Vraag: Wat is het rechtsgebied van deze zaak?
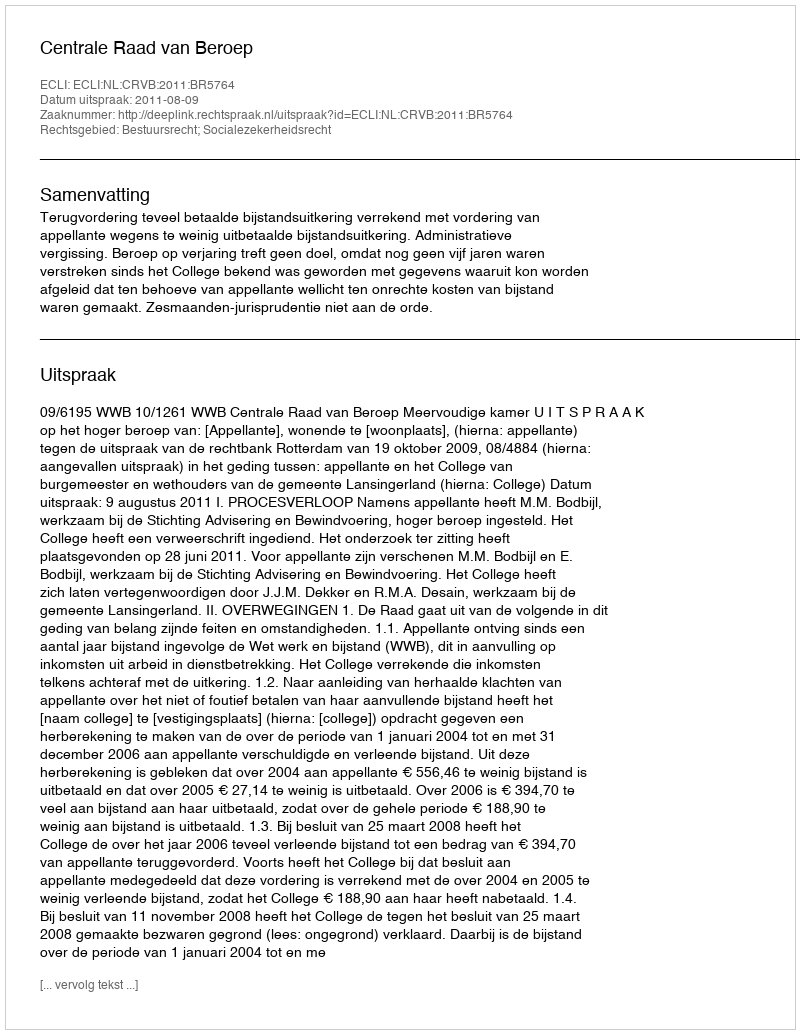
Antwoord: Bestuursrecht; Socialezekerheidsrecht